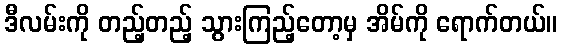
ဒီလမ်းကို တည့်တည့် သွားကြည့်တော့မှ အိမ်ကို ရောက်တယ်။